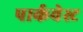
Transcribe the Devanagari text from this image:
पार्कवेस्ट